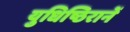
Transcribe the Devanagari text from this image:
युधिष्ठिरानें